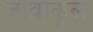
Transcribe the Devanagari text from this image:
जावाकूल